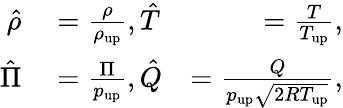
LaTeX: \begin{array}{rlr}{\hat{\rho}}&{{}=\frac{\rho}{\rho_{\mathrm{{up}}}},\hat{T}}&{=\frac{T}{T_{\mathrm{{up}}}},}\\ {\hat{\Pi}}&{{}=\frac{\Pi}{p_{\mathrm{{up}}}},\hat{Q}}&{=\frac{Q}{p_{\mathrm{{up}}}\sqrt{2RT_{\mathrm{{up}}}}},}\end{array}